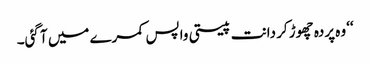
‘‘ وہ پردہ چھوڑ کر دانت پیستی واپس کمرے میں آ گئی۔